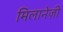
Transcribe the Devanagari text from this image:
मिलानेज़ी